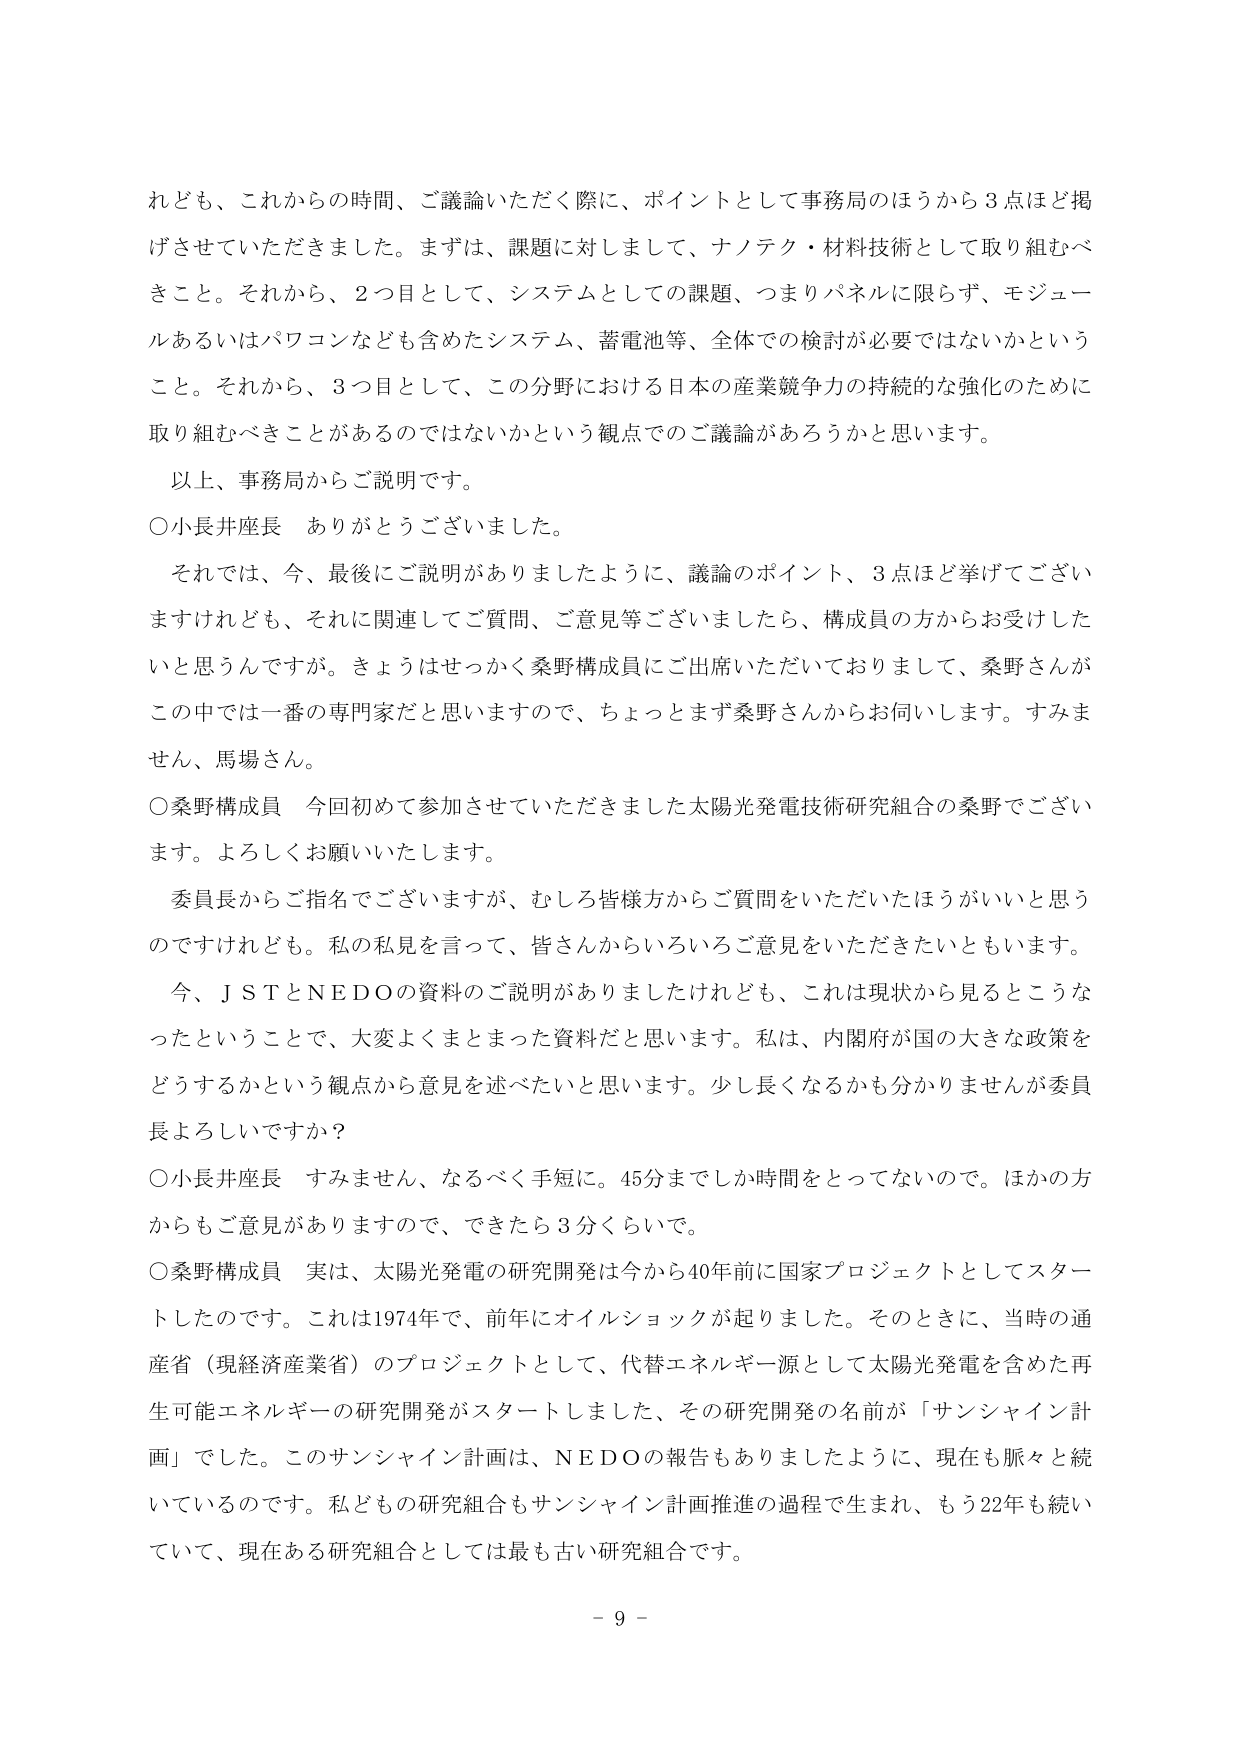
れども、これからの時間、ご議論いただく際に、ポイントとして事務局のほうから３点ほど掲
げさせていただきました。まずは、課題に対しまして、ナノテク・材料技術として取り組むべ
きこと。それから、２つ目として、システムとしての課題、つまりパネルに限らず、モジュー
ルあるいはパソコンなども含めたシステム、蓄電池等、全体での検討が必要ではないかという
こと。それから、３つ目として、この分野における日本の産業競争力の持続的な強化のために
取り組むべきことがあるのではないかという観点でのご議論があろうかと思います。
以上、事務局からご説明です。
○小長井座長　ありがとうございました。
　それでは、今、最後にご説明がありましたように、議論のポイント、３点ほど挙げてござい
ますけれども、それに関連してご質問、ご意見等ございましたら、構成員の方からお受けした
いと思うんですが。きょうはせっかく桑野構成員にご出席いただいておりまして、桑野さんが
この中では一番の専門家だと思いますので、ちょっとまず桑野さんからお伺いします。すみま
せん、馬場さん。
○桑野構成員　今回初めて参加させていただきました太陽光発電技術研究組合の桑野でござい
ます。よろしくお願いいたします。
　委員長からご指名でございますが、むしろ皆様方からご質問をいただいたほうがいいと思う
のですけれども。私の私見を言って、皆さんからいろいろご意見をいただきたいともいます。
　今、ＪＳＴとＮＥＤＯの資料のご説明がありましたけれども、これは現状から見るとこうな
ったということで、大変よくまとまった資料だと思います。私は、内閣府が国の大きな政策を
どうするかという観点から意見を述べたいと思います。少し長くなるかも分かりませんが委員
長よろしいですか？
○小長井座長　すみません、なるべく手短に。45分までしか時間をとってないので。ほかの方
からもご意見がありますので、できたら３分くらいで。
○桑野構成員　実は、太陽光発電の研究開発は今から40年前に国家プロジェクトとしてスター
トしたのです。これは1974年で、前年にオイルショックが起りました。そのときに、当時の通
産省（現経済産業省）のプロジェクトとして、代替エネルギー源として太陽光発電を含めた再
生可能エネルギーの研究開発がスタートしました、その研究開発の名前が「サンシャイン計
画」でした。このサンシャイン計画は、ＮＥＤＯの報告もありましたように、現在も脈々と続
いているのです。私どもの研究組合もサンシャイン計画推進の過程で生まれ、もう22年も続い
ていて、現在ある研究組合としては最も古い研究組合です。
－９－